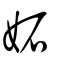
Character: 妬